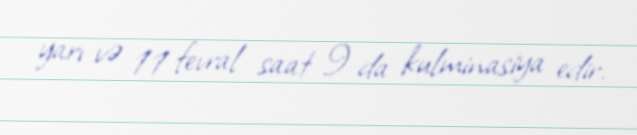
yarı və 11 fevral saat 9 da kulminasiya edir.